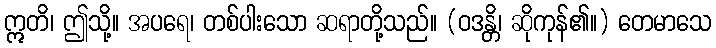
ဣတိ၊ ဤသို့။ အပရေ၊ တစ်ပါးသော ဆရာတို့သည်။ (ဝဒန္တိ၊ ဆိုကုန်၏။) တေမာသေ